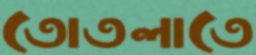
তোতলাতে